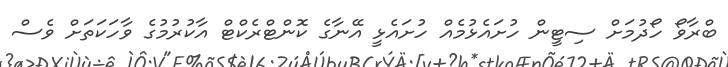
ބްރާވޯ ހޯދުމަށް ސިޓީން ހުށައެޅުމެއް ހުށައެޅީ އޭނާގެ ކޮންޓްރެކްޓް އާކުރުމުގެ ވާހަކަތަށް ވެސް